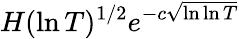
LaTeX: H(\ln T)^{1/2}e^{-c{\sqrt{\ln\ln T}}}